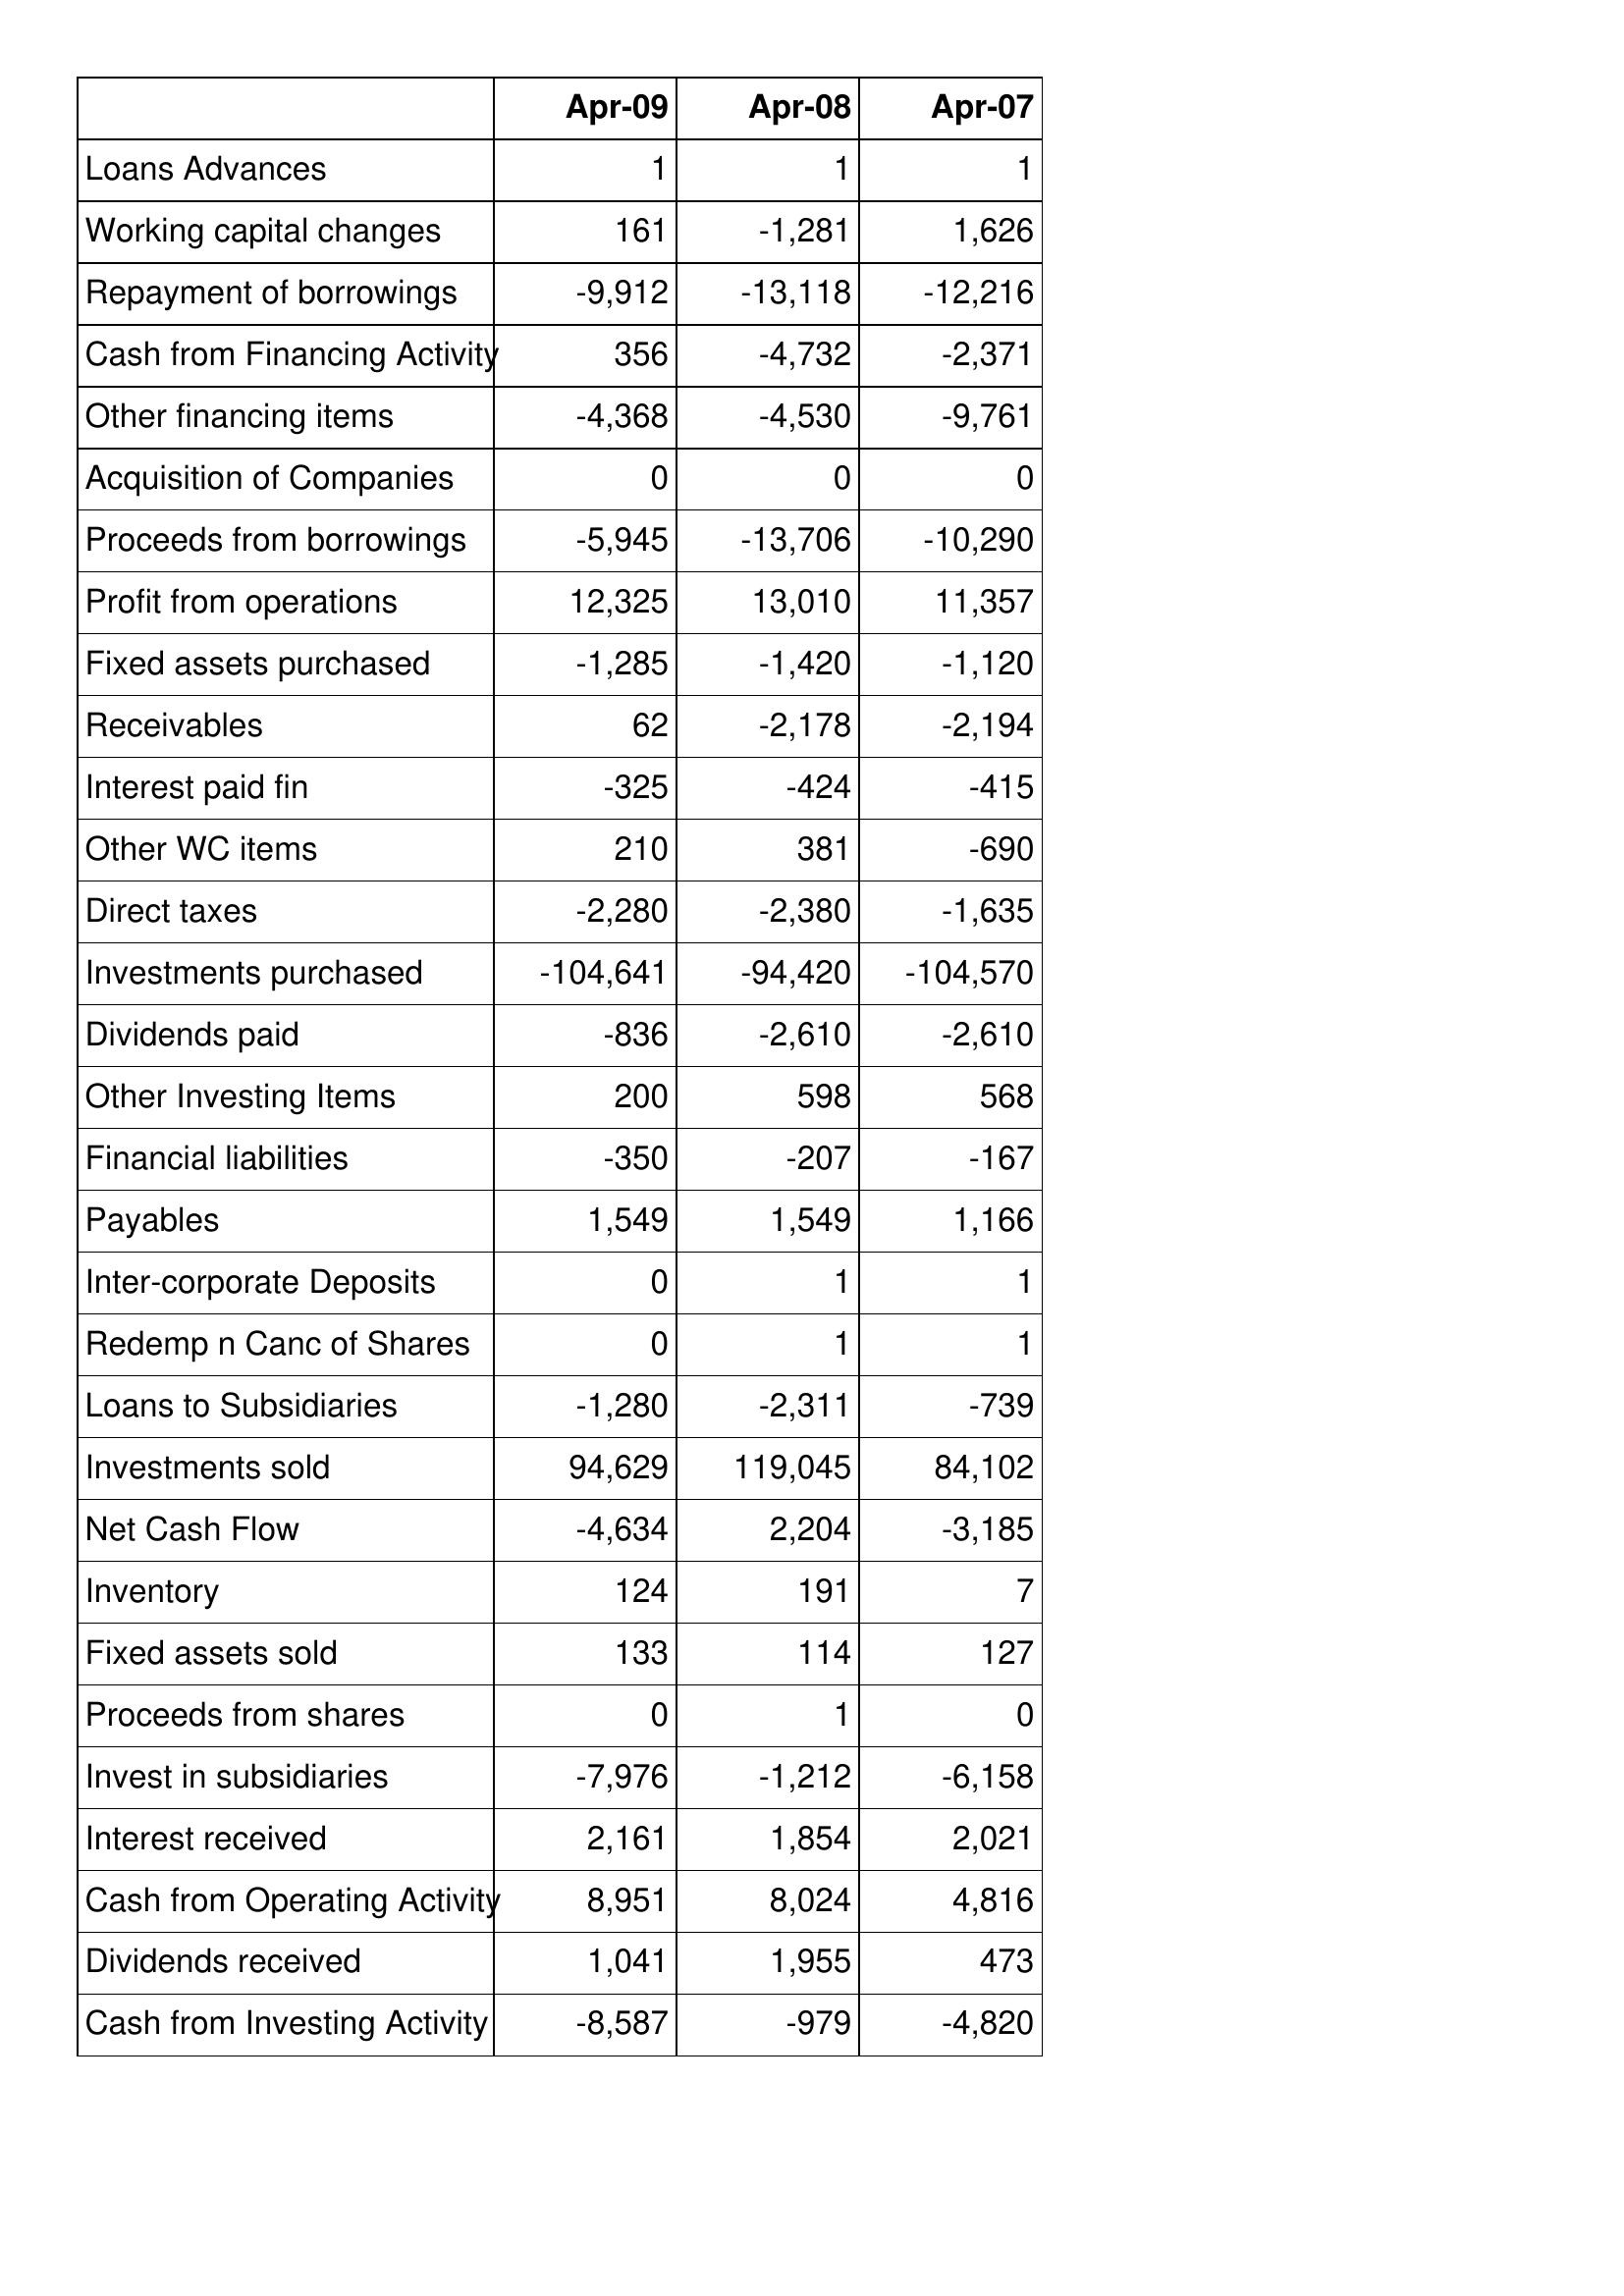
Apr-09: Cash Flows: Loans Advances: 1
Working capital changes: 161
Repayment of borrowings: -9,912
Cash from Financing Activity: 356
Other financing items: -4,368
Acquisition of Companies: 0
Proceeds from borrowings: -5,945
Profit from operations: 12,325
Fixed assets purchased: -1,285
Receivables: 62
Interest paid fin: -325
Other WC items: 210
Direct taxes: -2,280
Investments purchased: -104,641
Dividends paid: -836
Other Investing Items: 200
Financial liabilities: -350
Payables: 1,549
Inter-corporate Deposits: 0
Redemp n Canc of Shares: 0
Loans to Subsidiaries: -1,280
Investments sold: 94,629
Net Cash Flow: -4,634
Inventory: 124
Fixed assets sold: 133
Proceeds from shares: 0
Invest in subsidiaries: -7,976
Interest received: 2,161
Cash from Operating Activity: 8,951
Dividends received: 1,041
Cash from Investing Activity: -8,587
Apr-08: Cash Flows: Loans Advances: 1
Working capital changes: -1,281
Repayment of borrowings: -13,118
Cash from Financing Activity: -4,732
Other financing items: -4,530
Acquisition of Companies: 0
Proceeds from borrowings: -13,706
Profit from operations: 13,010
Fixed assets purchased: -1,420
Receivables: -2,178
Interest paid fin: -424
Other WC items: 381
Direct taxes: -2,380
Investments purchased: -94,420
Dividends paid: -2,610
Other Investing Items: 598
Financial liabilities: -207
Payables: 1,549
Inter-corporate Deposits: 1
Redemp n Canc of Shares: 1
Loans to Subsidiaries: -2,311
Investments sold: 119,045
Net Cash Flow: 2,204
Inventory: 191
Fixed assets sold: 114
Proceeds from shares: 1
Invest in subsidiaries: -1,212
Interest received: 1,854
Cash from Operating Activity: 8,024
Dividends received: 1,955
Cash from Investing Activity: -979
Apr-07: Cash Flows: Loans Advances: 1
Working capital changes: 1,626
Repayment of borrowings: -12,216
Cash from Financing Activity: -2,371
Other financing items: -9,761
Acquisition of Companies: 0
Proceeds from borrowings: -10,290
Profit from operations: 11,357
Fixed assets purchased: -1,120
Receivables: -2,194
Interest paid fin: -415
Other WC items: -690
Direct taxes: -1,635
Investments purchased: -104,570
Dividends paid: -2,610
Other Investing Items: 568
Financial liabilities: -167
Payables: 1,166
Inter-corporate Deposits: 1
Redemp n Canc of Shares: 1
Loans to Subsidiaries: -739
Investments sold: 84,102
Net Cash Flow: -3,185
Inventory: 7
Fixed assets sold: 127
Proceeds from shares: 0
Invest in subsidiaries: -6,158
Interest received: 2,021
Cash from Operating Activity: 4,816
Dividends received: 473
Cash from Investing Activity: -4,820